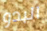
البدو